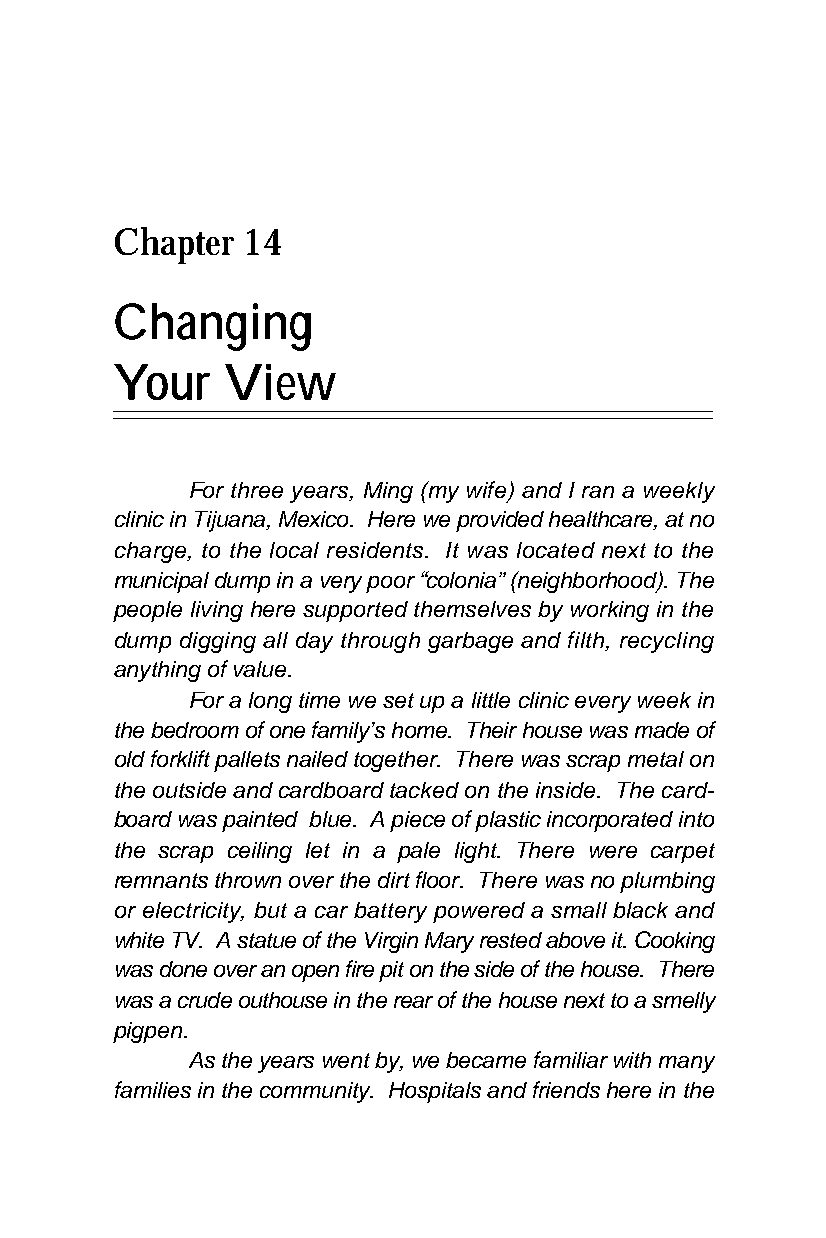
Chapter  14
 Changing
 Your    View
 For three years, Ming (my wife) and I ran a weekly
 clinic in Tijuana, Mexico. Here we provided healthcare, at no
 charge, to the local residents. It was located next to the
 municipal dump in a very poor “colonia” (neighborhood). The
 people living here supported themselves by working in the
 dump digging all day through garbage and filth, recycling
 anything of value.
 For a long time we set up a little clinic every week in
 the bedroom of one family’s home. Their house was made of
 old forklift pallets nailed together. There was scrap metal on
 the outside and cardboard tacked on the inside. The card-
 board was painted blue. A piece of plastic incorporated into
 the scrap ceiling let in a pale light. There were carpet
 remnants thrown over the dirt floor. There was no plumbing
 or electricity, but a car battery powered a small black and
 white TV. A statue of the Virgin Mary rested above it. Cooking
 was done over an open fire pit on the side of the house. There
 was a crude outhouse in the rear of the house next to a smelly
 pigpen.
 As the years went by, we became familiar with many
 families in the community. Hospitals and friends here in the